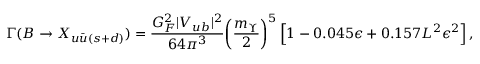
\Gamma ( B \to X _ { u \bar { u } ( s + d ) } ) = { \frac { G _ { F } ^ { 2 } | V _ { u b } | ^ { 2 } } { 6 4 \pi ^ { 3 } } } \bigg ( { \frac { m _ { \Upsilon } } { 2 } } \bigg ) ^ { 5 } \, \Big [ 1 - 0 . 0 4 5 \epsilon + 0 . 1 5 7 L ^ { 2 } \epsilon ^ { 2 } \Big ] \, ,